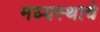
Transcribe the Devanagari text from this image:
मध्यस्थाचे